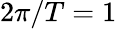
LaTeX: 2\pi/T=1